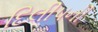
દિલીપની